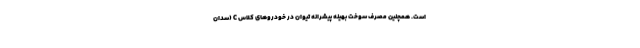
است. همچنین مصرف سوخت بهینه پیشرانه تیوان در خودروهای کلاس C (سدان